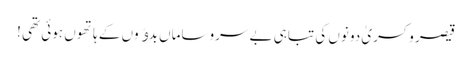
قیصر و کسریٰ دونوں کی تباہی بے سروساماں بدﺅوں کے ہاتھوں ہوئی تھی !